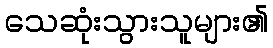
သေဆုံးသွားသူများ၏